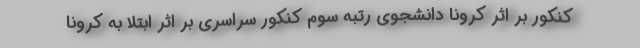
کنکور بر اثر کرونا دانشجوی رتبه سوم کنکور سراسری بر اثر ابتلا به کرونا